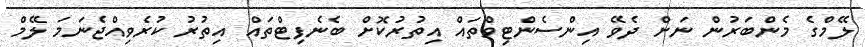
ލޭމްގެ މެންބަރުން ނަށް ދެވޭ އިންސެންޓިވްތައް އިތުރުކޮށް ބެނެފިޓްތައް އިތުރު ކުރެވިއްޖެނަމަ ލޭމް